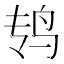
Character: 𱉏